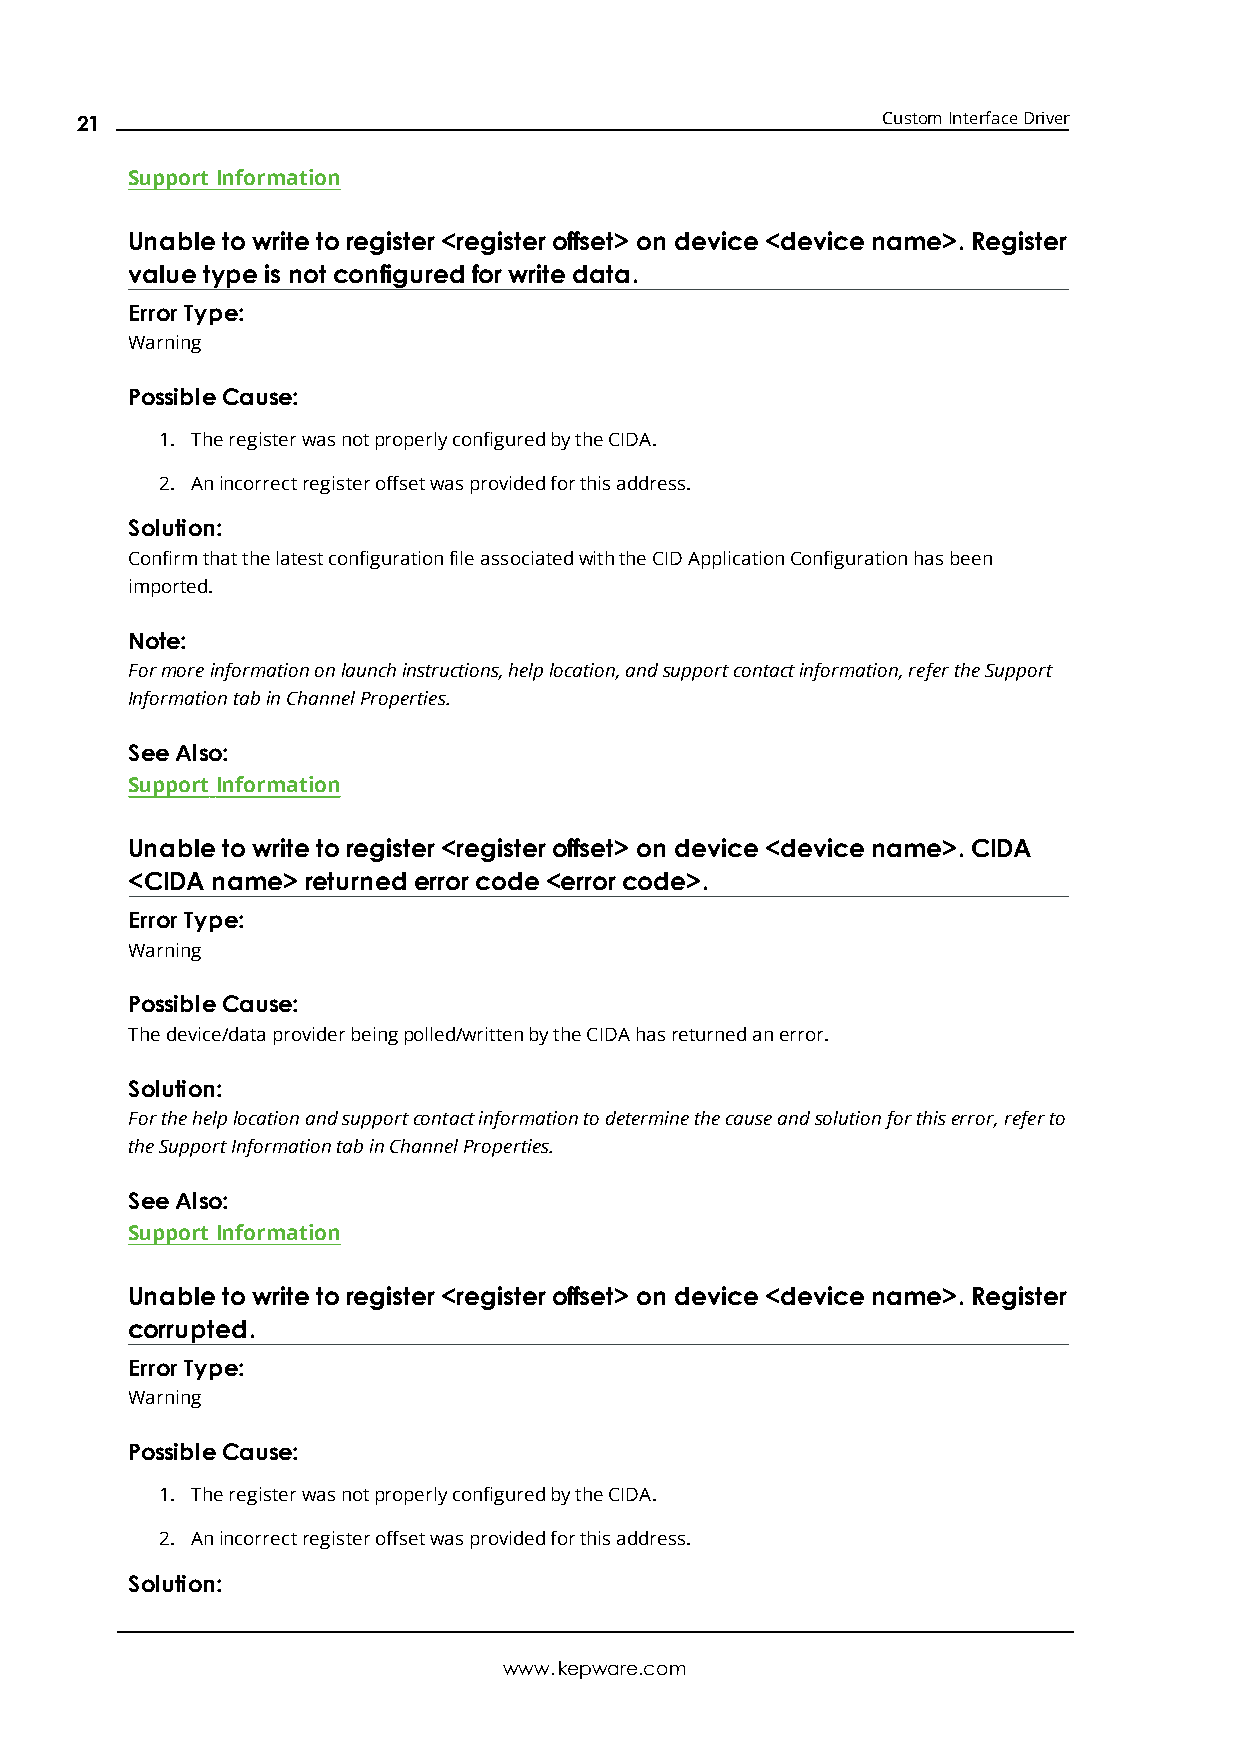
21                                                   CustomInterfaceDriver
 Support Information
 Unabletowritetoregister<registeroffset> on device<devicename>.Register
 valuetypeisnot configured forwritedata.
 Error Type:
 Warning
 PossibleCause:
 1. TheregisterwasnotproperlyconfiguredbytheCIDA.
 2. Anincorrectregisteroffsetwasprovidedforthisaddress.
 Solution:
 ConfirmthatthelatestconfigurationfileassociatedwiththeCIDApplicationConfigurationhasbeen
 imported.
 Note:
 Formoreinformationonlaunchinstructions,helplocation,andsupportcontactinformation,refertheSupport
 InformationtabinChannelProperties.
 SeeAlso:
 Support Information
 Unabletowritetoregister<registeroffset> on device<devicename>.CIDA
 <CIDA name> returned errorcode<errorcode>.
 Error Type:
 Warning
 PossibleCause:
 Thedevice/dataproviderbeingpolled/writtenbytheCIDAhasreturnedanerror.
 Solution:
 Forthehelplocationandsupportcontactinformationtodeterminethecauseandsolutionforthiserror,referto
 theSupportInformationtabinChannelProperties.
 SeeAlso:
 Support Information
 Unabletowritetoregister<registeroffset> on device<devicename>.Register
 corrupted.
 Error Type:
 Warning
 PossibleCause:
 1. TheregisterwasnotproperlyconfiguredbytheCIDA.
 2. Anincorrectregisteroffsetwasprovidedforthisaddress.
 Solution:
 www.kepware.com